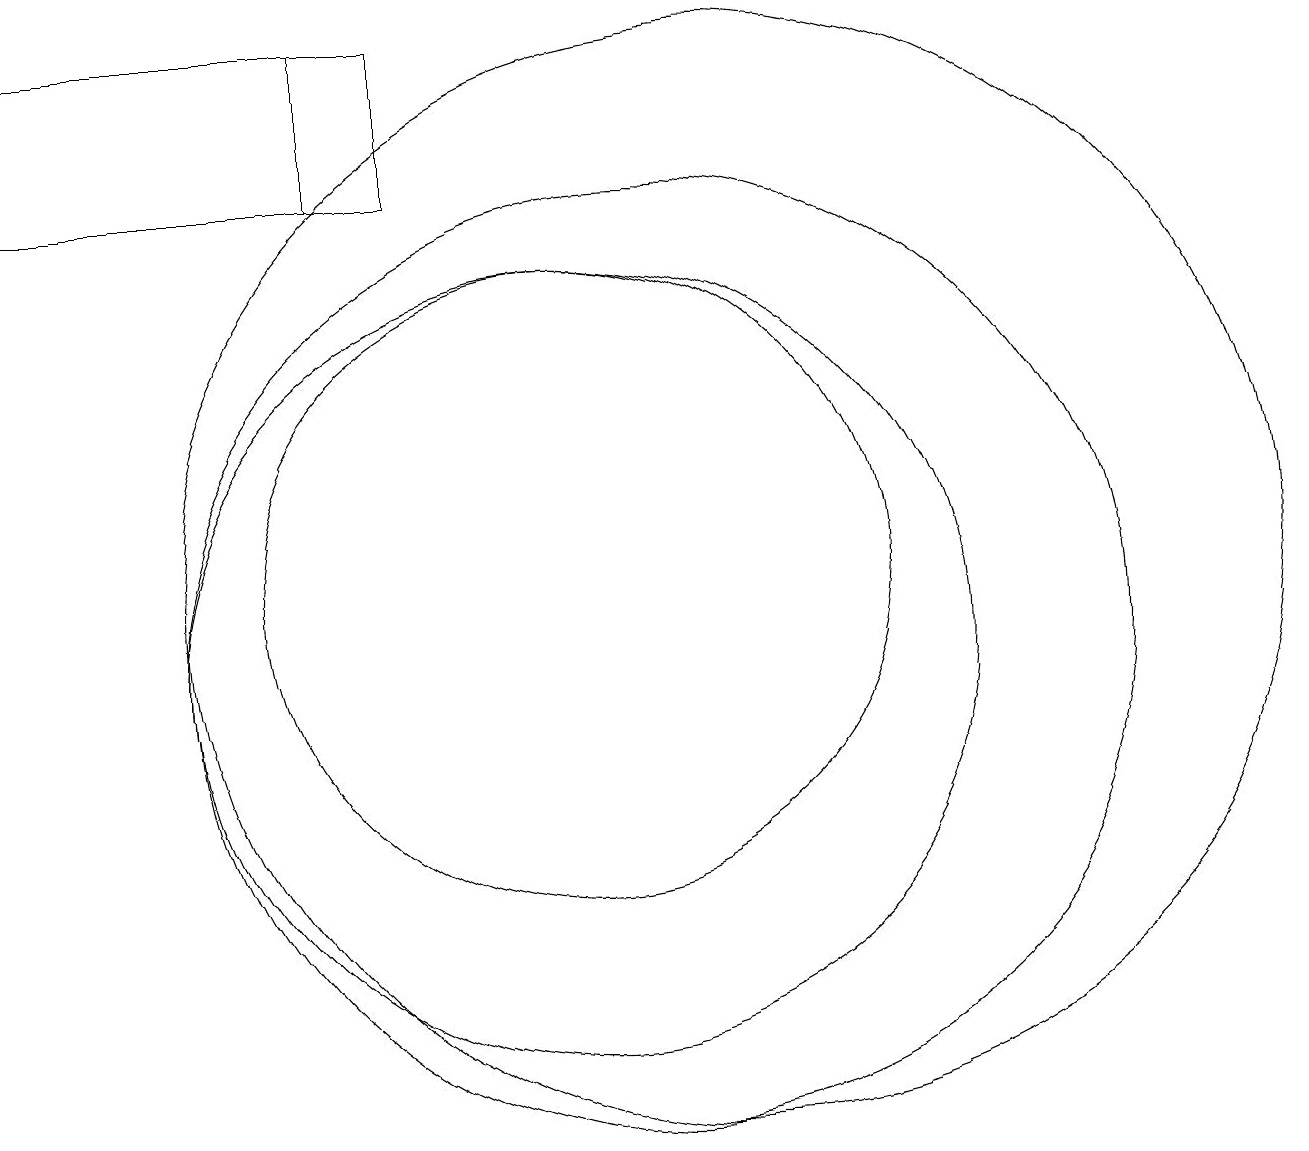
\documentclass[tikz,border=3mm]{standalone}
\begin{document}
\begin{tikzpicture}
\draw (7,17) rectangle (3,19);
\draw (8,17) rectangle (7,19);
\draw (10,12) circle (4);
\draw (10,11) circle (5);
\draw (12,12) circle (7);
\draw (11,11) circle (6);
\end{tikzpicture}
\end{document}